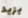
يزيد